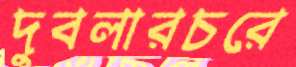
দুবলারচরে